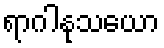
ရာဂါနုသယော